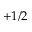
+ 1 / 2